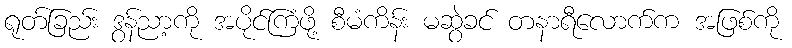
ရုတ်ခြည်း ဒွန်ညာ့ကို အပိုင်ကြံဖို့ စီမံကိန်း မဆွဲခင် တနာရီလောက်က အဖြစ်ကို